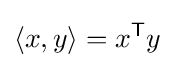
\langle x,y\rangle =x^{\mathsf {T}}y